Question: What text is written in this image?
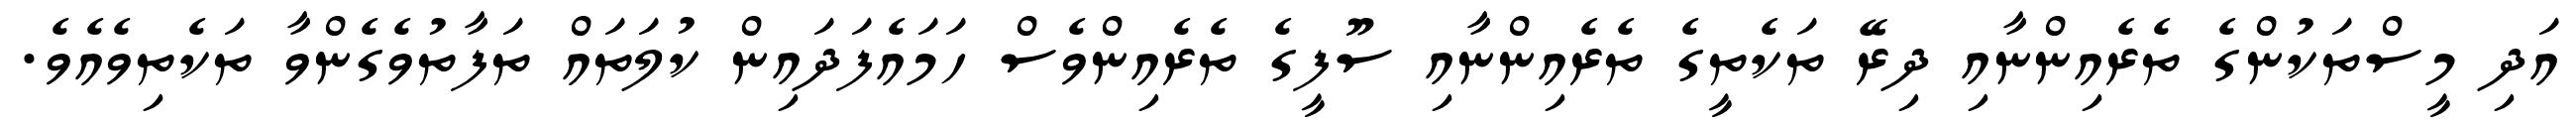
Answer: އަދި މީސްތަކުންގެ ތެރެއިންނާއި ދިރޭ ތަކެތީގެ ތެރެއިންނާއި ސޫފީގެ ތެރެއިންވެސް ހަމައެފަދައިން ކުލަތައް ތަފާތުވެގެންވާ ތަކެތިވެއެވެ.